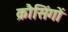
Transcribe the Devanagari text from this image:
क्रौसिंगों